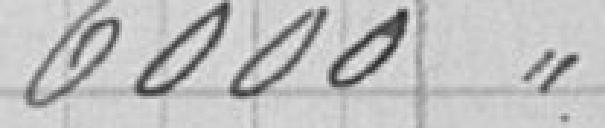
6 000